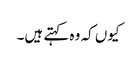
کیوں کہ وہ کہتے ہیں۔